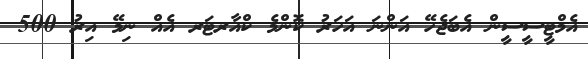
އެމްޓީސީސީން އެބަޖެހޭ އަންނަ އަހަރު ކޮންމެ ކްއާރޓަރ އެއް ނިމޭ އިރު 500